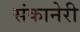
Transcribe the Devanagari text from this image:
संकानेरी